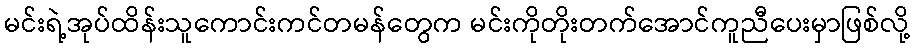
မင်းရဲ့အုပ်ထိန်းသူကောင်းကင်တမန်တွေက မင်းကိုတိုးတက်အောင်ကူညီပေးမှာဖြစ်လို့